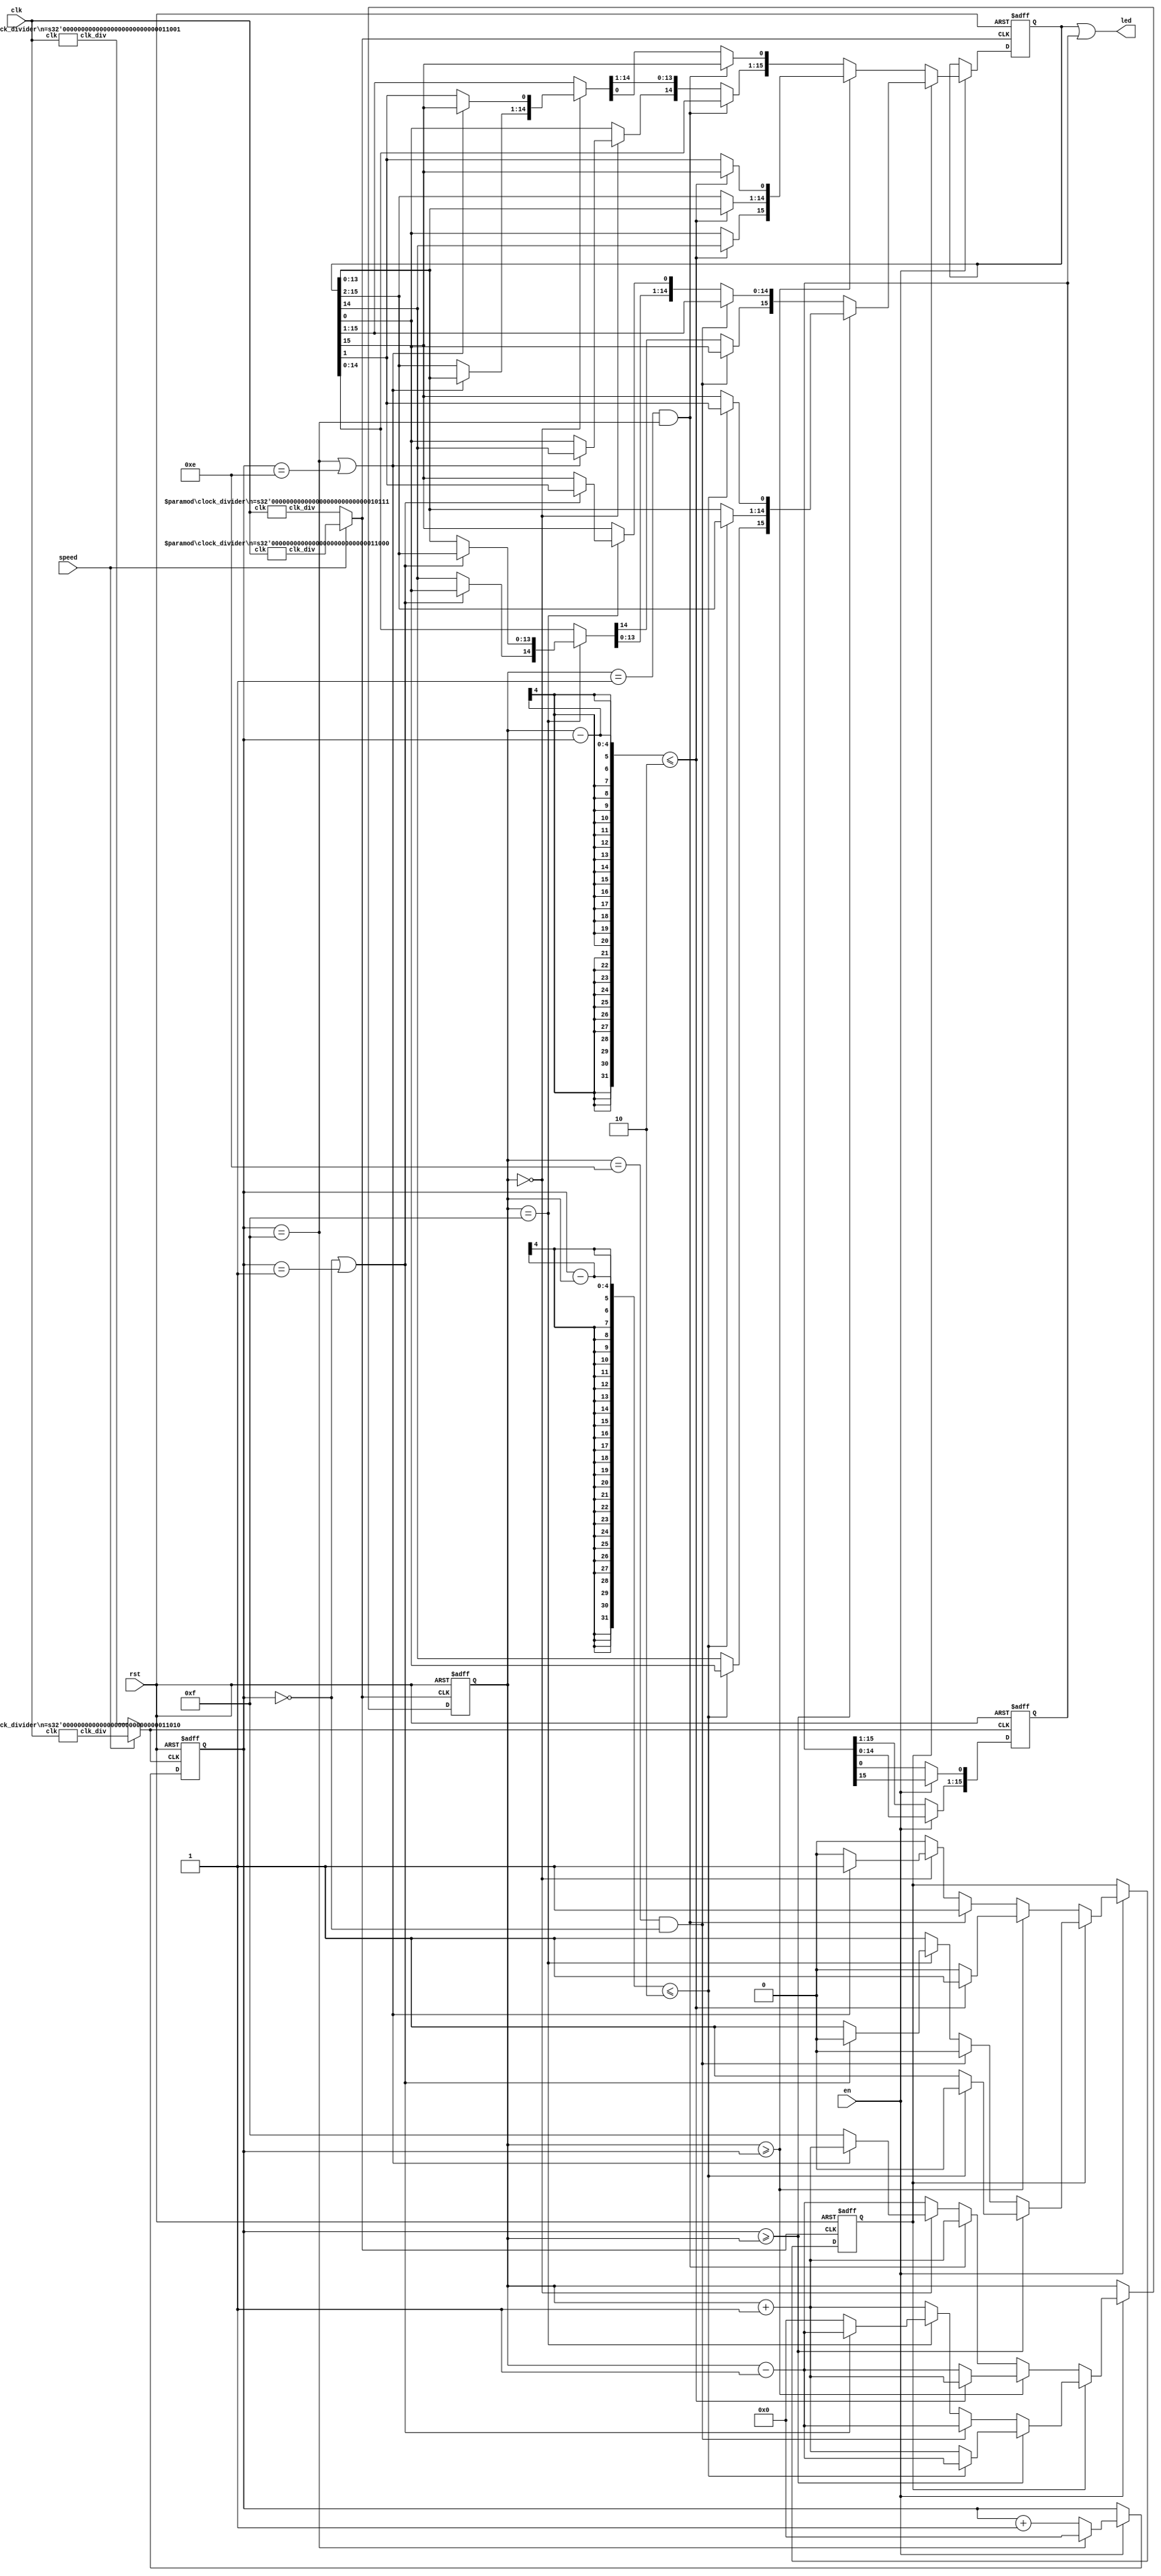
module lab3_3 (
    input clk,
    input rst,
    input en,
    input speed,
    output [15:0] led
    );

    wire clk_1,clk_3,clk_div23,clk_div25,clk_div24,clk_div26;
    reg [15:0] led_1,led_3;
    reg [15:0] next_led_1,next_led_3;
   
    reg[3:0] position_1,position_3;
    reg[3:0] next_position_1,next_position_3;
    
    reg dir;
    reg next_dir;
    
	clock_divider #(26) div1(.clk(clk), .clk_div(clk_div26));
    clock_divider #(24) div2(.clk(clk), .clk_div(clk_div24));
    clock_divider #(25) div3(.clk(clk), .clk_div(clk_div25));
    clock_divider #(23) div4(.clk(clk), .clk_div(clk_div23));

    assign led = led_1 | led_3;
    assign clk_1=(speed)?clk_div24 : clk_div23;
    assign clk_3=(speed)?clk_div26 : clk_div25;
    
    always@(posedge clk_3 or posedge rst)begin
        if(rst) begin
            led_3<=16'b0000000000000111;
            position_3<=4'd1;
        end else begin
            led_3<=next_led_3;
            position_3<=next_position_3;
        end
    end
    
    always@(posedge clk_1 or posedge rst)begin
        if(rst) begin
            led_1<=16'b1000000000000000;
            position_1<=4'd15;
            dir<=0;
        end else begin
            led_1<=next_led_1;
            position_1<=next_position_1;
            dir<=next_dir;
        end
    end

    always @(*) begin
        if(en==1'b1) begin
            next_led_3[15:1]=led_3[14:0];
            next_led_3[0]=led_3[15];
        end
        else begin
            next_led_3=led_3;
        end
    end
    
    always @(*) begin
        if(en==1'b1) begin
            if(position_3==4'd15)
                next_position_3=4'd0;
            else
                next_position_3=position_3+1'd1;
        end
        else
            next_position_3=position_3;
    end

    always @(*) begin
        if(en==1'b1) begin
            //left to right
            if(dir==1'b0) begin
                if(position_1>=position_3) begin
                    if(position_1-position_3<=2) begin
                        next_dir=1'b1;
                        next_position_1=position_1+4'd1;
                        next_led_1[0] = led_1[15];
                        next_led_1[15:1] = led_1[14:0];
                    end
                    else begin
                        next_dir=1'b0;
                        next_position_1=position_1-4'd1;
                        next_led_1[15] = led_1[0];
                        next_led_1[14:0] = led_1[15:1];
                    end
                end
                else if(position_1==4'd1 && position_3==4'd15) begin
                    next_dir=1'b1;
                    next_position_1=position_1+4'd1;
                    next_led_1[0] = led_1[15];
                    next_led_1[15:1] = led_1[14:0];
                end
                else if(position_1==4'd0) begin
                    if(position_3==4'd15 || position_3==4'd14) begin
                        next_dir=1'b1;
                        next_position_1=position_1+4'd1;
                        next_led_1[0] = led_1[15];
                        next_led_1[15:1] = led_1[14:0];
                    end
                    else begin
                        next_dir=1'b0;
                        next_position_1=4'd15;
                        next_led_1[15] = led_1[0];
                        next_led_1[14:0] = led_1[15:1];
                    end
                end
                else begin
                    next_dir=1'b0;
                    next_position_1=position_1-4'd1;
                    next_led_1[15] = led_1[0];
                    next_led_1[14:0] = led_1[15:1];
                end
            end
            else begin //right to left
                if(position_3>=position_1) begin
                    if(position_3-position_1<=2) begin
                        next_dir=1'b0;
                        next_position_1=position_1-4'd1;
                        next_led_1[15] = led_1[0];
                        next_led_1[14:0] = led_1[15:1];
                    end
                    else begin
                        next_dir=1'b1;
                        next_position_1=position_1+4'd1;
                        next_led_1[0] = led_1[15];
                        next_led_1[15:1] = led_1[14:0];
                    end
                end
                else if(position_1==4'd14 && position_3==4'd0) begin
                    next_dir=1'b0;
                    next_position_1=position_1-4'd1;
                    next_led_1[15] = led_1[0];
                    next_led_1[14:0] = led_1[15:1];
                end
                else if(position_1==4'd15) begin
                    if(position_3==4'd0 || position_3==4'd1) begin
                        next_dir=1'b0;
                        next_position_1=position_1-4'd1;
                        next_led_1[15] = led_1[0];
                        next_led_1[14:0] = led_1[15:1];
                    end
                    else begin
                        next_dir=1'b1;
                        next_position_1=4'd0;
                        next_led_1[0] = led_1[15];
                        next_led_1[15:1] = led_1[14:0];
                    end
                end
                else begin
                    next_dir=1'b1;
                    next_position_1=position_1+4'd1;
                    next_led_1[0] = led_1[15];
                    next_led_1[15:1] = led_1[14:0];
                end
            end
        end
        else begin
            next_dir=dir;
            next_position_1=position_1;
            next_led_1=led_1;
        end
    end

	

endmodule


module clock_divider #(parameter n=25) (clk,clk_div);
    
    input clk;
    output clk_div;

    reg [n-1:0] num;
    wire [n-1:0] next_num;

    always @(posedge clk) begin
        num<=next_num;
    end

    assign next_num=num+1;
    assign clk_div=num[n-1];
endmodule